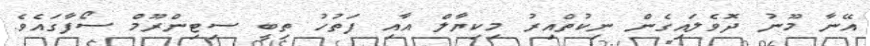
އޭނާ މޫނު ދޮވެލައިގެން ނިކުތްއިރު މިކިޔާލް އާއި ފަތުހު ތިބީ ސިޓިންރޫމް ސޯފާގައެވެ.